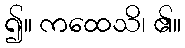
၍။ ကထေသိ၊ ၏။